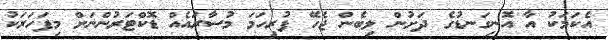
އެކަމަކު އާ އޮނިގަނޑުގެ ދަށުން ލިބެން ޖެހޭ ފުރިހަމަ މުސާރައެއް ޑޮކްޓަރުންނަށް މިފަހަރަކު